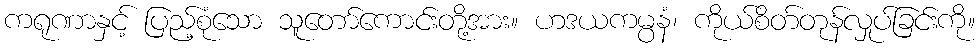
ကရုဏာနှင့် ပြည့်စုံသော သူတော်ကောင်းတို့အား။ ဟဒယကမ္ပနံ၊ ကိုယ်စိတ်တုန်လှုပ်ခြင်းကို။